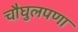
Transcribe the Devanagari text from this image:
चौघुलपणा